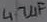
Text: 4.7µF